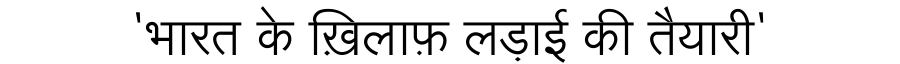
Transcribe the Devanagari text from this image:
'भारत के ख़िलाफ़ लड़ाई की तैयारी'